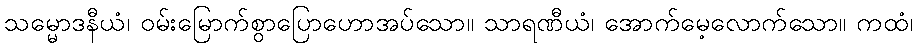
သမ္မောဒနီယံ၊ ဝမ်းမြောက်စွာပြောဟောအပ်သော။ သာရဏီယံ၊ အောက်မေ့လောက်သော။ ကထံ၊